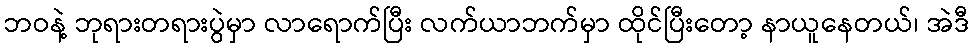
ဘဝနဲ့ ဘုရားတရားပွဲမှာ လာရောက်ပြီး လက်ယာဘက်မှာ ထိုင်ပြီးတော့ နာယူနေတယ်၊ အဲဒီ